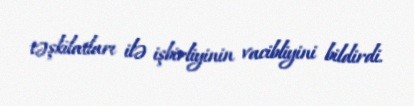
təşkilatları ilə işbirliyinin vacibliyini bildirdi.